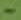
Text: -